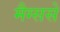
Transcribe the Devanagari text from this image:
मैग्ससे